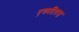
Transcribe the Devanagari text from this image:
एकदिवस